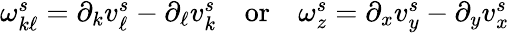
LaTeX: \begin{array}{r}{\omega_{k\ell}^{s}=\partial_{k}v_{\ell}^{s}-\partial_{\ell}v_{k}^{s}\quad\mathrm{or}\quad\omega_{z}^{s}=\partial_{x}v_{y}^{s}-\partial_{y}v_{x}^{s}}\end{array}